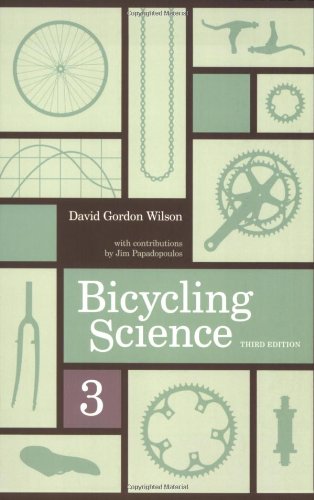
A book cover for Bicycling Science; David Gordon Wilson; Engineering & Transportation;